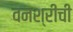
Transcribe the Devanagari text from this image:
वनश्रीची